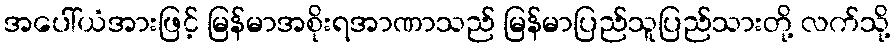
အပေါ်ယံအားဖြင့် မြန်မာအစိုးရအာဏာသည် မြန်မာပြည်သူပြည်သားတို့ လက်သို့